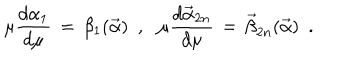
\mu { \frac { d \alpha _ { 1 } } { d \mu } } \, = \, \beta _ { 1 } ( { \vec { \alpha } } ) \, \, \, , \, \, \, \, \mu { \frac { d { \vec { \alpha } } _ { 2 n } } { d \mu } } \, = \, { \vec { \beta } } _ { 2 n } ( { \vec { \alpha } } ) \, \, \, .